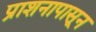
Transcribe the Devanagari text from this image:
प्राशनापासून